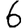
Digit: 6